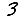
Digit: 3